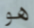
هو